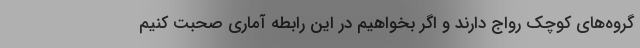
گروه‌های کوچک رواج دارند و اگر بخواهیم در این رابطه آماری صحبت کنیم